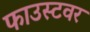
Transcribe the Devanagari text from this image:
फाउस्टवर